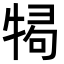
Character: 𭷫